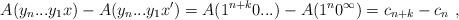
\begin{align*}A(y_n...y_1x) - A(y_n...y_1x') = A(1^{n+k}0...) - A(1^n0^\infty) = c_{n+k} - c_n \ ,\end{align*}